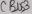
Text: CBUS3